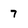
Character: 7